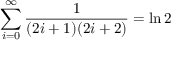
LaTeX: \sum _ { i = 0 } ^ { \infty } { \frac { 1 } { ( 2 i + 1 ) ( 2 i + 2 ) } } = \ln 2